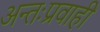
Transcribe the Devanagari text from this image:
अन्तःप्रवाही